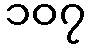
၁၀၇